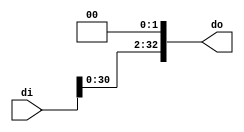
`timescale 1ns / 1ps
//////////////////////////////////////////////////////////////////////////////////
// Company: 
// Engineer: 
// 
// Design Name: 
// Module Name: rshl2
// Project Name: 
// Target Devices: 
// Tool Versions: 
// Description: 
// 
// Dependencies: 
// 
// Revision:
// Revision 0.01 - File Created
// Additional Comments:
// 
//////////////////////////////////////////////////////////////////////////////////


module rshl2(input [32:0] di,output [32:0] do);
assign do=di<<2;
endmodule